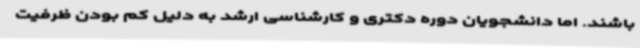
باشند. اما دانشجویان دوره دکتری و کارشناسی ارشد به دلیل کم بودن ظرفیت